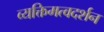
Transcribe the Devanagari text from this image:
व्यक्तिमत्वदर्शन